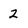
Character: 2